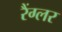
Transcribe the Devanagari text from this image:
रैंग्लर